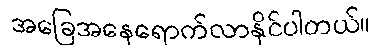
အခြေအနေရောက်လာနိုင်ပါတယ်။